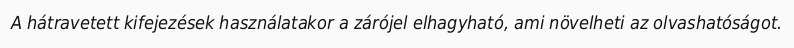
A hátravetett kifejezések használatakor a zárójel elhagyható, ami növelheti az olvashatóságot.